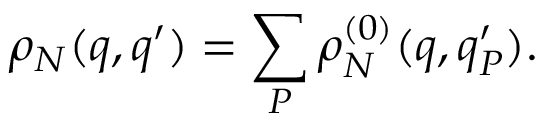
\rho _ { N } ( q , q ^ { \prime } ) = \sum _ { P } \rho _ { N } ^ { ( 0 ) } ( q , q _ { P } ^ { \prime } ) .